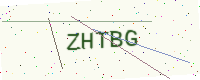
Text: ZHTBG